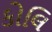
કોલિ